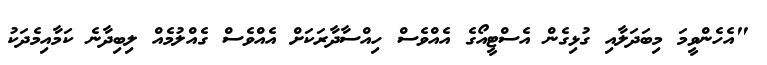
"އެހެންވީމަ މިބަދަލާއި ގުޅިގެން އެސްޓީއޯގެ އެއްވެސް ހިއްސާދާރަކަށް އެއްވެސް ގެއްލުމެއް ލިބިދާނެ ކަމާއިމެދަކު